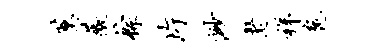
荐薇棕片渺老祥扈